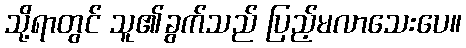
သို့ရာတွင် သူ၏ခွက်သည် ပြည့်မလာသေးပေ။